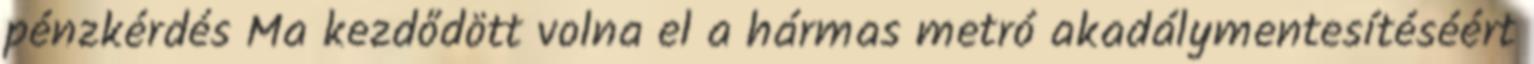
pénzkérdés Ma kezdődött volna el a hármas metró akadálymentesítéséért